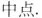
中点.